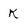
Character: K